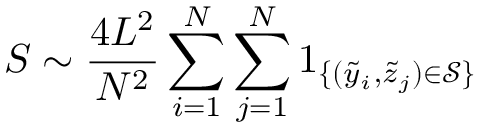
S \sim \frac { 4 L ^ { 2 } } { N ^ { 2 } } \sum _ { i = 1 } ^ { N } \sum _ { j = 1 } ^ { N } 1 _ { \{ ( \tilde { y } _ { i } , \Tilde { z } _ { j } ) \in \mathcal { S } \} }